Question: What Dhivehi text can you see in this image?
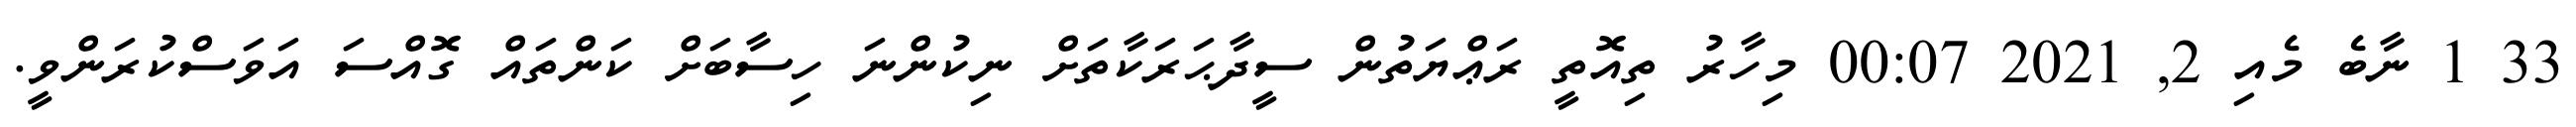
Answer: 33 1 ނާބެ މެއި 2, 2021 00:07 މިހާރު ތިއޮތީ ރަޢްޔަތުން ސީދާޙަރަކާތަށް ނިކުންނަ ހިސާބަށް ކަންތައް ގޮއްސަ އަވަސްކުރަންވީ.